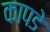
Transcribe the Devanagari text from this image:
कापडे